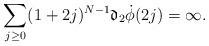
LaTeX: \begin{align*}\sum_{j\geq 0}(1+2j)^{N-1} \mathfrak{d}_2\dot{\phi}(2j) =\infty.\end{align*}